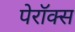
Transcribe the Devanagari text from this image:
पेरॉक्स